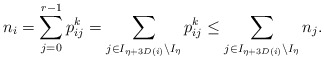
\begin{align*} n_i = \sum_{j=0}^{r-1}p^k_{ij} = \sum_{j \in I_{\eta+3D(i)}\setminus I_\eta} p^k_{ij} \le \sum_{j \in I_{\eta+3D(i)}\setminus I_\eta} n_j. \end{align*}